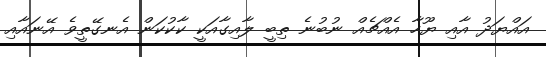
އައްޔަދު އާއި ޔޫހާ އެއްޗެއް ނުބުނެ ތިބީ ލާއިގާއަކީ ކާކުކަން އެނގޭތީވެ އޭނައާއި